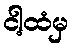
ငါ့ထံမှ